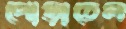
পোড়াতেল